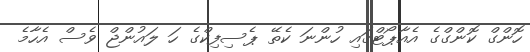
ހޮންގް ކޮންގްގެ އެއާޕޯޓްގައި ހުންނަ ކެތޭ ޕެސިފިކްގެ ހަ ލައުންޖް ވެސް އެހާމެ